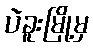
ပဲခူးမြို့မှ